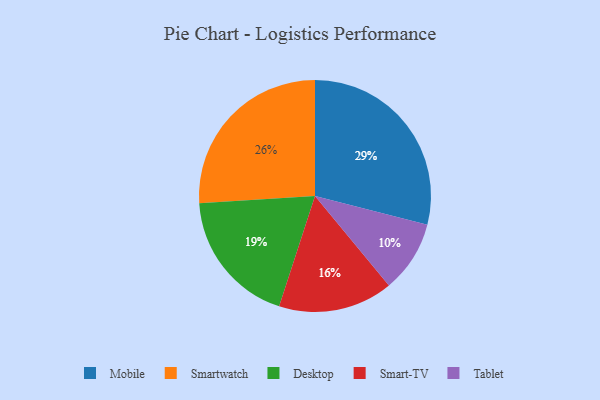
{"axis": {"x": "Category", "y": "Percentage"}, "legend": ["Desktop", "Mobile", "Smart-TV", "Smartwatch", "Tablet"], "data": [{"x": "Tablet", "y": 10, "type": "Tablet"}, {"x": "Smartwatch", "y": 26, "type": "Smartwatch"}, {"x": "Smart-TV", "y": 16, "type": "Smart-TV"}, {"x": "Desktop", "y": 19, "type": "Desktop"}, {"x": "Mobile", "y": 29, "type": "Mobile"}]}